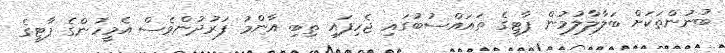
ބުނުންތަކަށް ބަލާލާލުމުން ޕާޓީގެ ތައައްސުބުގައި ޖެހިފައި ތިބި އާންމު ފަރުދުންވެސް އެމީހުންގެ ޕާޓީގެ